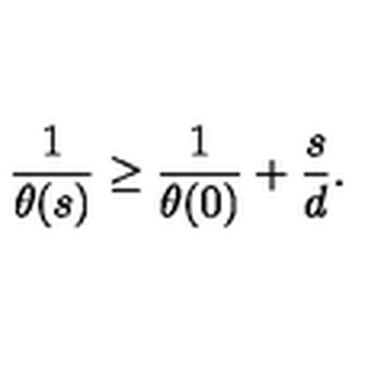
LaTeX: { \frac { 1 } { \theta ( s ) } } \geq { \frac { 1 } { \theta ( 0 ) } } + { \frac { s } { d } } .